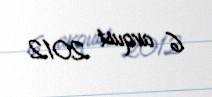
6 avqust 2012